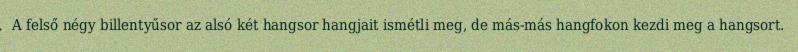
A felső négy billentyűsor az alsó két hangsor hangjait ismétli meg, de más-más hangfokon kezdi meg a hangsort.